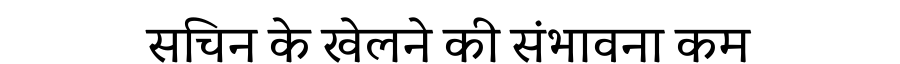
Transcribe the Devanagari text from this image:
सचिन के खेलने की संभावना कम